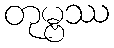
တုမ္ဗဿ